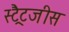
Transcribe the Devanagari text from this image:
स्ट्रैटजीस